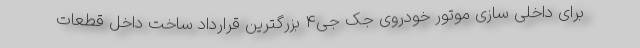
برای داخلی سازی موتور خودروی جک جی4 بزرگترین قرارداد ساخت داخل قطعات